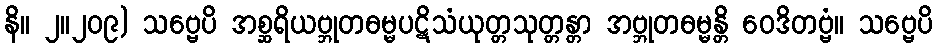
နိ။ ၂။၂၀၉) သဗ္ဗေပိ အစ္ဆရိယဗ္ဘုတဓမ္မပဋိသံယုတ္တသုတ္တန္တာ အဗ္ဘုတဓမ္မန္တိ ဝေဒိတဗ္ဗံ။ သဗ္ဗေပိ